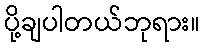
ပို့ချပါတယ်ဘုရား။